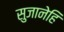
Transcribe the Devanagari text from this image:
सुजानेहि